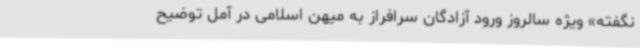
نگفته» ویژه سالروز ورود آزادگان سرافراز به میهن اسلامی در آمل توضیح